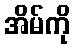
အိမ်ကို